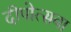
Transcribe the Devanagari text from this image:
दीपोत्सवा